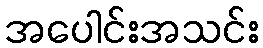
အပေါင်းအသင်း